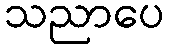
သညာပေ